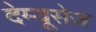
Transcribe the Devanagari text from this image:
देम्यूसेज